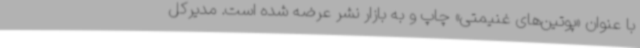
با عنوان «پوتین‌های غنیمتی» چاپ و به بازار نشر عرضه شده است. مدیرکل